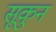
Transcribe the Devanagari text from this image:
सूकुन